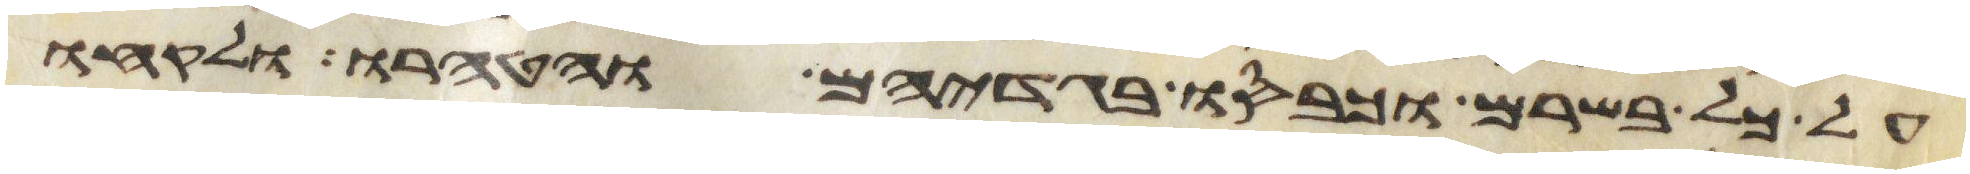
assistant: על כל בשרם וכבסו בגדיהם והטהרו ולקחו